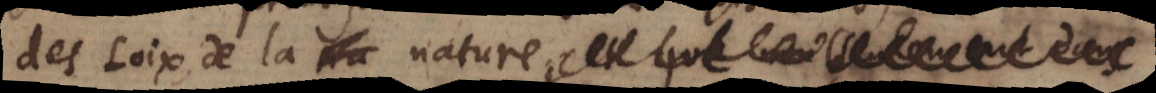
des Loix de la nature, et que non